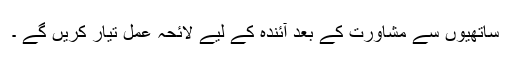
ساتھیوں سے مشاورت کے بعد آئندہ کے لیے لائحہ عمل تیار کریں گے ۔